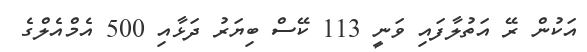
އަކުން ރޭ އަތުލާފައި ވަނީ 113 ކޭސް ބިޔަރު ދަޅާއި 500 އެމްއެލްގެ